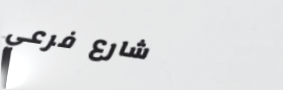
شارع فرعي